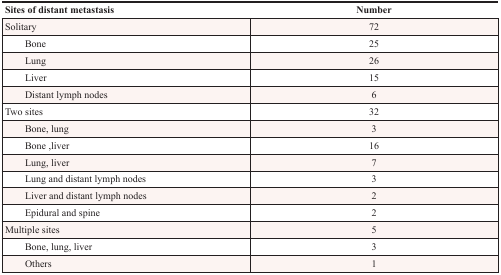
<table><thead><tr><td><b>Sites of distant metastasis</b></td><td><b>Number</b></td></tr></thead><tbody><tr><td>Solitary</td><td>72</td></tr><tr><td>Bone</td><td>25</td></tr><tr><td>Lung</td><td>26</td></tr><tr><td>Liver</td><td>15</td></tr><tr><td>Distant lymph nodes</td><td>6</td></tr><tr><td>Two sites</td><td>32</td></tr><tr><td>Bone, lung</td><td>3</td></tr><tr><td>Bone, liver</td><td>16</td></tr><tr><td>Lung, liver</td><td>7</td></tr><tr><td>Lung and distant lymph nodes</td><td>3</td></tr><tr><td>Liver and distant lymph nodes</td><td>2</td></tr><tr><td>Epidural and spine</td><td>2</td></tr><tr><td>Multiple sites</td><td>5</td></tr><tr><td>Bone, lung, liver</td><td>3</td></tr><tr><td>Others</td><td>1</td></tr></tbody></table>